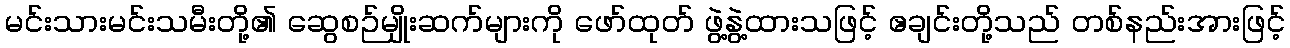
မင်းသားမင်းသမီးတို့၏ ဆွေစဉ်မျိုးဆက်များကို ဖော်ထုတ် ဖွဲ့နွဲ့ထားသဖြင့် ဧချင်းတို့သည် တစ်နည်းအားဖြင့်